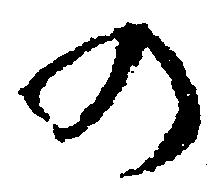
の